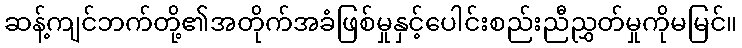
ဆန့်ကျင်ဘက်တို့၏အတိုက်အခံဖြစ်မှုနှင့်ပေါင်းစည်းညီညွှတ်မှုကိုမမြင်။